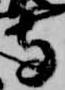
寺